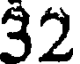
32